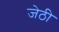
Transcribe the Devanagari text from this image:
जेठी